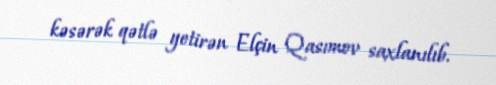
kəsərək qətlə yetirən Elçin Qasımov saxlanılıb.